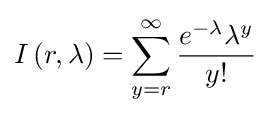
I\left(r,\lambda \right)=\sum _{y=r}^{\infty }{\dfrac {e^{-\lambda }\lambda ^{y}}{y!}}